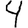
Digit: 4